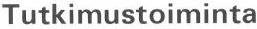
Tutkimustoiminta